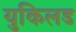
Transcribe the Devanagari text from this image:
युकिलड